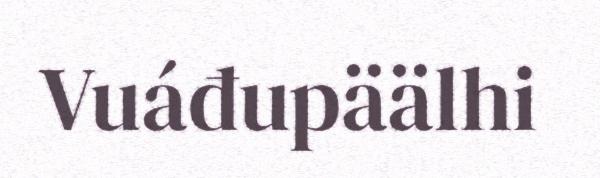
Vuáđupäälhi